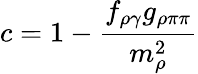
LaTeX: c=\displaystyle 1-\frac{f_{\rho\gamma}g_{\rho\pi\pi}}{m_{\rho}^{2}}